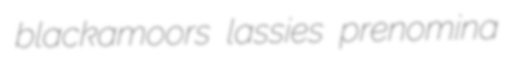
blackamoors lassies prenomina